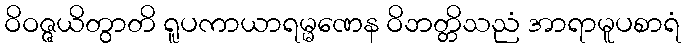
ဝိဝဇ္ဇယိတွာတိ ရူပကာယာရမ္မဏေန ဝိဘတ္တိသညံ အာရာမူပစာရံ